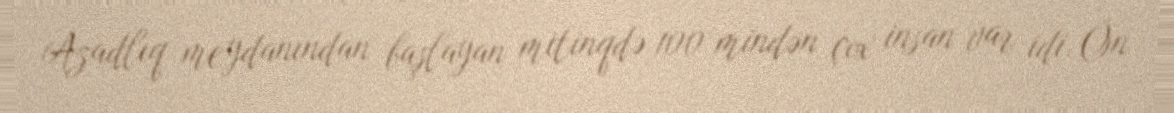
Azadlıq meydanından başlayan mitinqdə 100 mindən çox insan var idi. Ön